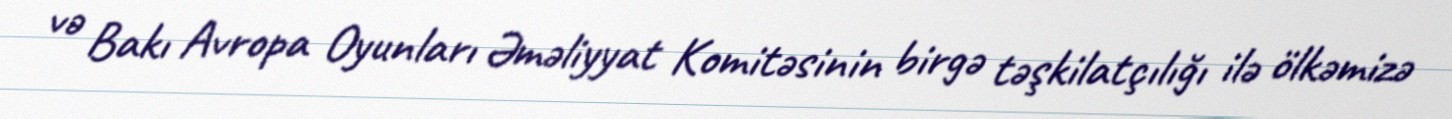
və Bakı Avropa Oyunları Əməliyyat Komitəsinin birgə təşkilatçılığı ilə ölkəmizə